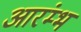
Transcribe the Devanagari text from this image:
आरंम्भ